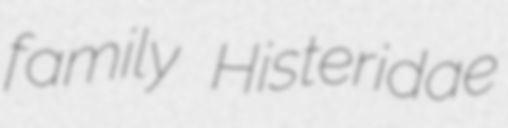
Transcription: family Histeridae